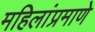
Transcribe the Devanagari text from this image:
महिलांप्रमाणे